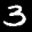
Label: 3